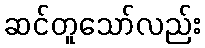
ဆင်တူသော်လည်း